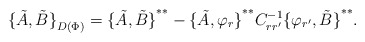
\begin{align*}{\{\tilde A,\tilde B\}}_{D(\Phi)}={\{\tilde A,\tilde B\}}^{**}-{\{\tilde A,\varphi_r\}}^{**}C^{-1}_{rr^\prime}{\{\varphi_{r^\prime},\tilde B\}}^{**}.\end{align*}